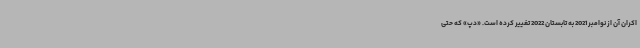
اکران آن از نوامبر 2021 به تابستان 2022 تغییر کرده است. «دپ» که حتی